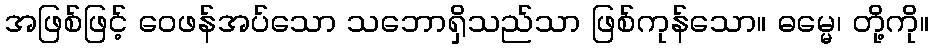
အဖြစ်ဖြင့် ဝေဖန်အပ်သော သဘောရှိသည်သာ ဖြစ်ကုန်သော။ ဓမ္မေ၊ တို့ကို။